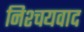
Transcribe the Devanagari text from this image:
निश्चयवाद